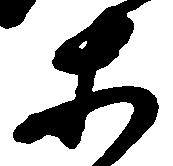
等